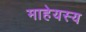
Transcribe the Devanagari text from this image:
माहेयस्य